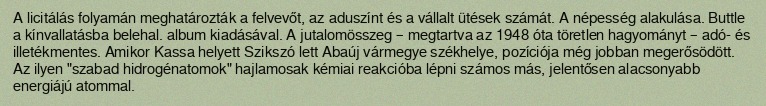
A licitálás folyamán meghatározták a felvevőt, az aduszínt és a vállalt ütések számát. A népesség alakulása. Buttle a kínvallatásba belehal. album kiadásával. A jutalomösszeg – megtartva az 1948 óta töretlen hagyományt – adó- és illetékmentes. Amikor Kassa helyett Szikszó lett Abaúj vármegye székhelye, pozíciója még jobban megerősödött. Az ilyen "szabad hidrogénatomok" hajlamosak kémiai reakcióba lépni számos más, jelentősen alacsonyabb energiájú atommal.